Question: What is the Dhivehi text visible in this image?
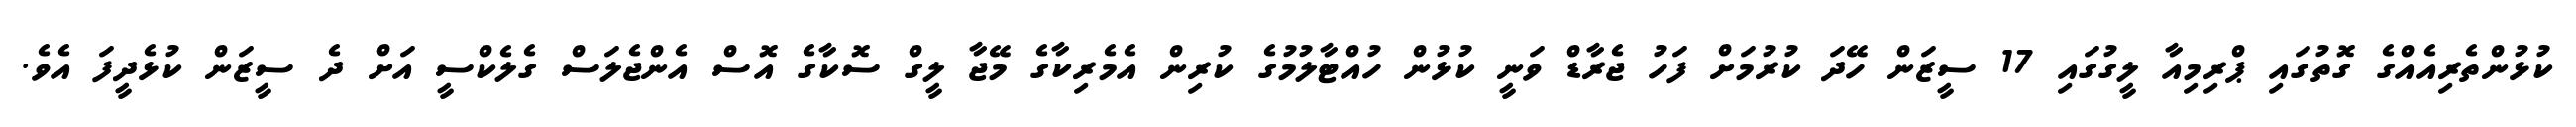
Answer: ކުޅުންތެރިއެއްގެ ގޮތުގައި ޕްރިމިއާ ލީގުގައި 17 ސީޒަން ހޭދަ ކުރުމަށް ފަހު ޖެރާޑް ވަނީ ކުޅުން ހުއްޓާލުމުގެ ކުރިން އެމެރިކާގެ މޭޖާ ލީގް ސޮކާގެ އޮސް އެންޖެލަސް ގެލެކްސީ އަށް ދެ ސީޒަން ކުޅެދީފަ އެވެ.